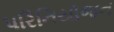
પરિનિયોજન